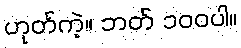
ဟုတ်ကဲ့။ ဘတ် ၁၀၀ပါ။